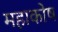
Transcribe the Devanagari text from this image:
महाकोष